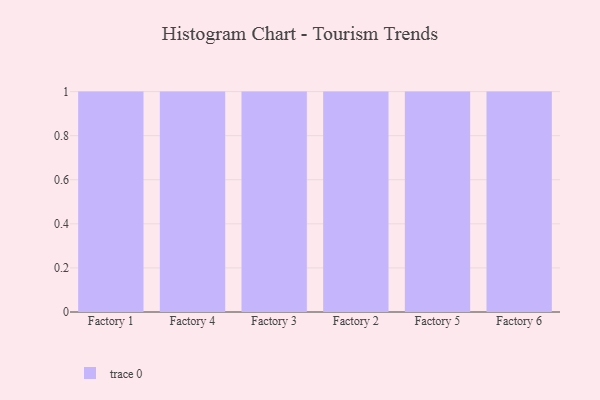
{"axis": {"x": "Factory", "y": "Latency (ms)"}, "legend": [""], "data": [{"x": "Factory 1", "y": 24, "type": ""}, {"x": "Factory 4", "y": 67, "type": ""}, {"x": "Factory 3", "y": 36, "type": ""}, {"x": "Factory 2", "y": 83, "type": ""}, {"x": "Factory 5", "y": 58, "type": ""}, {"x": "Factory 6", "y": 1, "type": ""}]}